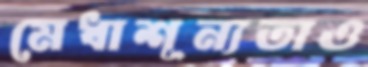
মেধাশূন্যতাও